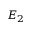
E _ { 2 }